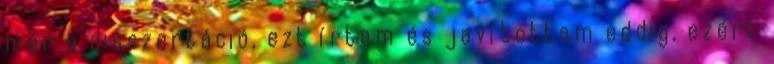
már a disszertáció, ezt írtam és javítottam eddig, ezért